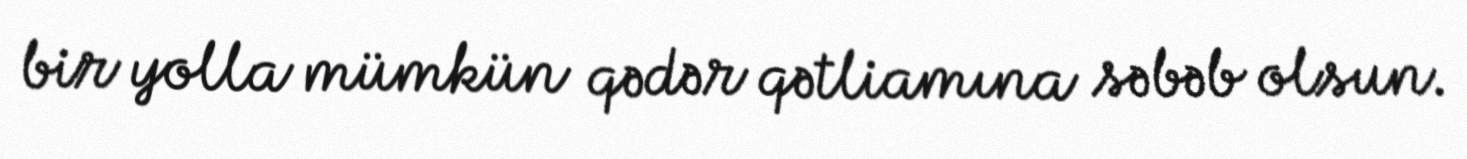
bir yolla mümkün qədər qətliamına səbəb olsun.